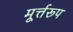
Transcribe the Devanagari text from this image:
मूर्त्तरूप